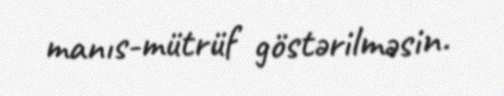
manıs-mütrüf göstərilməsin.